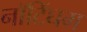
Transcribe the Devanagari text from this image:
नाॅटिंघम